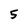
Character: 5